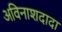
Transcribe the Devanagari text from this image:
अविनाशदादा